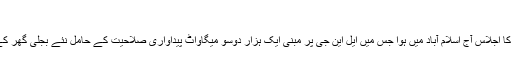
06 جون 2017 (15:06)
توانائی کے بارے میں کابینہ کمیٹی کا اجلاس آج اسلام آباد میں ہوا جس میں ایل این جی پر مبنی ایک ہزار دوسو میگاواٹ پیداواری صلاحیت کے حامل نئے بجلی گھر کے قیام کی اصولی منظوری دی گئی۔